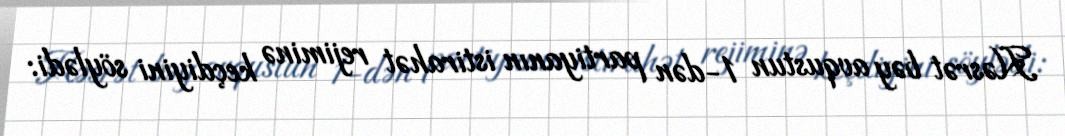
Həsrət bəy avqustun 1-dən partiyanın istirahət rejiminə keçdiyini söylədi: